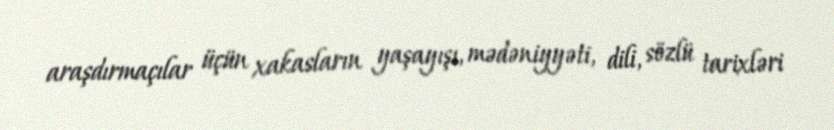
araşdırmaçılar üçün xakasların yaşayışı, mədəniyyəti, dili, sözlü tarixləri